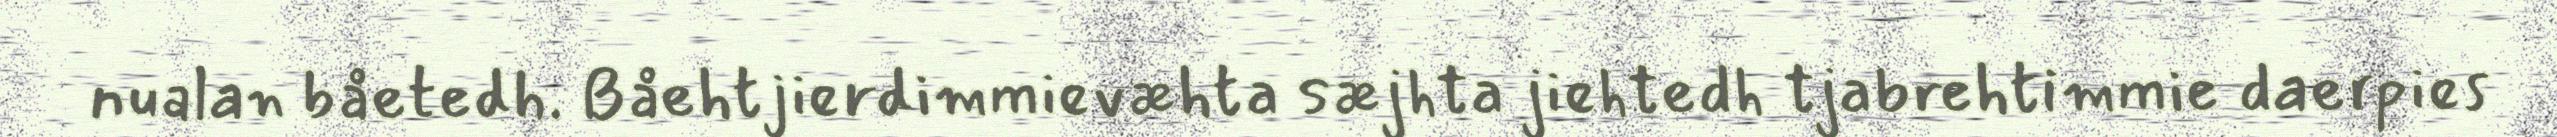
nualan båetedh. Båehtjierdimmievæhta sæjhta jiehtedh tjabrehtimmie daerpies